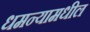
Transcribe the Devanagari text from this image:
धमन्यामधील